Vaccination in the Punjab 1867-1880 - 1867-1880
Year: 1867
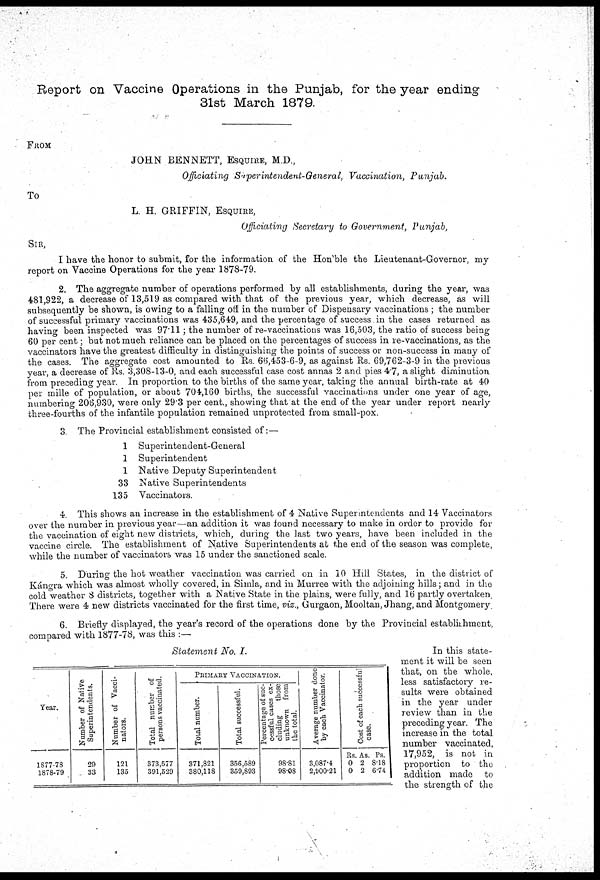
Report on Vaccine Operations in the Punjab, for the year ending
31st March 1879.
FROM
JOHN BENNETT, ESQUIRE, M.D.,
Officiating Superintendent-General,
Vaccination,
Punjab.
To
L. H. GRIFFIN, ESQUIRE,
Officiating Secretary to Government,
Punjab,
SIR,
I have the honor to submit, for the information of the Hon'ble the Lieutenant-Governor, my
report on Vaccine Operations for the year 1878-79.
2. The aggregate number of operations performed by all establishments, during the year, was
481,922, a decrease of 13,519 as compared with that of the previous year, which decrease, as will
subsequently be shown, is owing to a falling off in the number of Dispensary vaccinations ; the number
of successful primary vaccinations was 435,649, and the percentage of success in the cases returned as
having been inspected was 97.11 ; the number of re-vaccinations was 16,503, the ratio of success being
60 per cent; but not much reliance can be placed on the percentages of success in re-vaccinations, as the
vaccinators have the greatest difficulty in distinguishing the points of success or non-success in many of
the cases. The aggregate cost amounted to Rs. 66,453-6-9, as against Rs. 69,762-3-9 in the previous
year, a decrease of Rs. 3,308-13-0, and each successful case cost annas 2 and pies 47, a slight diminution
from preceding year. In proportion to the births of the same year, taking the annual birth-rate at 40
per mille of population, or about 704,160 births, the successful vaccinations under one year of age,
numbering 206,930, were only 293 per cent., showing that at the end of the year under report nearly
three-fourths of the infantile population remained unprotected from small-pox.
3. The Provincial establishment consisted of:—
1
1
1
33
135
Superintendent-General
Superintendent
Native Deputy Superintendent
Native Superintendents
Vaccinators.
4. This shows an increase in the establishment of 4 Native Superintendents and 14 Vaccinators
over the number in previous year—an addition it was found necessary to make in order to provide for
the vaccination of eight new districts, which, during the last two years, have been included in the
vaccine circle. The establishment of Native Superintendents at the end of the season was complete,
while the number of vaccinators was 15 under the sanctioned scale.
5. During the hot weather vaccination was carried on in 10 Hill States, in the district of
Kángra which was almost wholly covered, in Simla, and in Murree with the adjoining hills; and in the
cold weather 8 districts, together with a Native State in the plains, were fully, and 16 partly overtaken
There were 4 new districts vaccinated for the first time, viz., Gurgaon, Mooltan, Jhang, and Montgomery
6. Briefly displayed, the year's record of the operations done by the Provincial establishment,
compared with 1877-78, was this :—
Statement No. I.
Year.
1877-78
1878-79
Number of Native
Superintendents.
29
33
Number of Vacci-
nators.
121
135
Total number of
persons vaccinated.
373,577
391,529
PRIMARY VACCINATION.
Total
number.
371,821
380,118
Total successful.
356,589
359,893
Percentage of suc-
cessful cases ex-
cluding
those
unknown from
the total.
98.81
98.08
Average number done
by each Vaccinator.
3,087.4
2,900.21
Cost of each successful
case
.
Rs.
0
0
As.
2
2
Ps.
8.18
6.74
In this state-
ment it will be seen
that, on the whole,
less satisfactory re-
sults were obtained
in the year under
review than in the
preceding year. The
increase in the total
number vaccinated,
17,952, is not in
proportion to the
addition made to
the strength of the